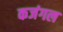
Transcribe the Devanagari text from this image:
कजंगल